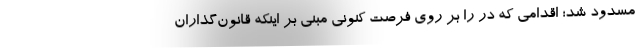
مسدود شد؛ اقدامی که در را بر روی فرصت کنونی مبنی بر اینکه قانون‌گذاران